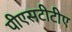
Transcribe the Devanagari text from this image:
पीएसटीटीए